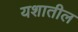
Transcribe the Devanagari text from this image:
यशातील